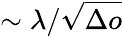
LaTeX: \sim\lambda/\sqrt{\Delta o}